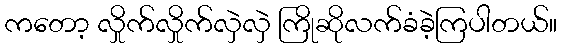
ကတော့ လှိုက်လှိုက်လှဲလှဲ ကြိုဆိုလက်ခံခဲ့ကြပါတယ်။